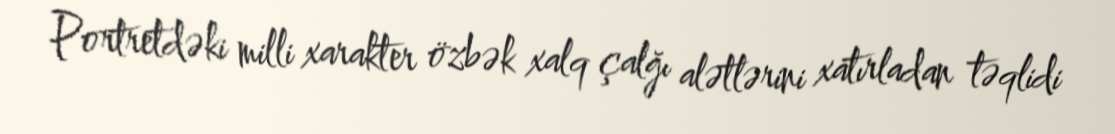
Portretdəki milli xarakter özbək xalq çalğı alətlərini xatırladan təqlidi